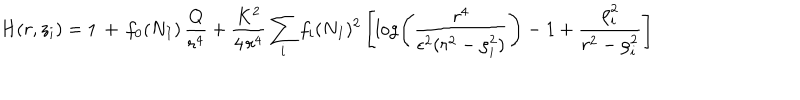
H ( r , z _ { i } ) = 1 \, + \, f _ { 0 } ( N _ { I } ) \, \frac { Q } { r ^ { 4 } } + \frac { K ^ { 2 } } { 4 \, r ^ { 4 } } \sum _ { i } f _ { i } ( N _ { I } ) ^ { 2 } \left[ \log \left( \frac { r ^ { 4 } } { \epsilon ^ { 2 } ( r ^ { 2 } - \rho _ { i } ^ { 2 } ) } \right) - 1 + \frac { \rho _ { i } ^ { 2 } } { r ^ { 2 } - \rho _ { i } ^ { 2 } } \right]